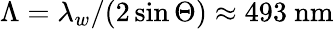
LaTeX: \Lambda=\lambda_{w}/(2\sin{\Theta})\approx 493~\textrm{nm}